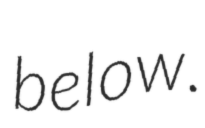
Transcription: below.